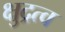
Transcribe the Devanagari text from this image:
क्षुद्रत्व